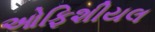
ઓફિશીયલ